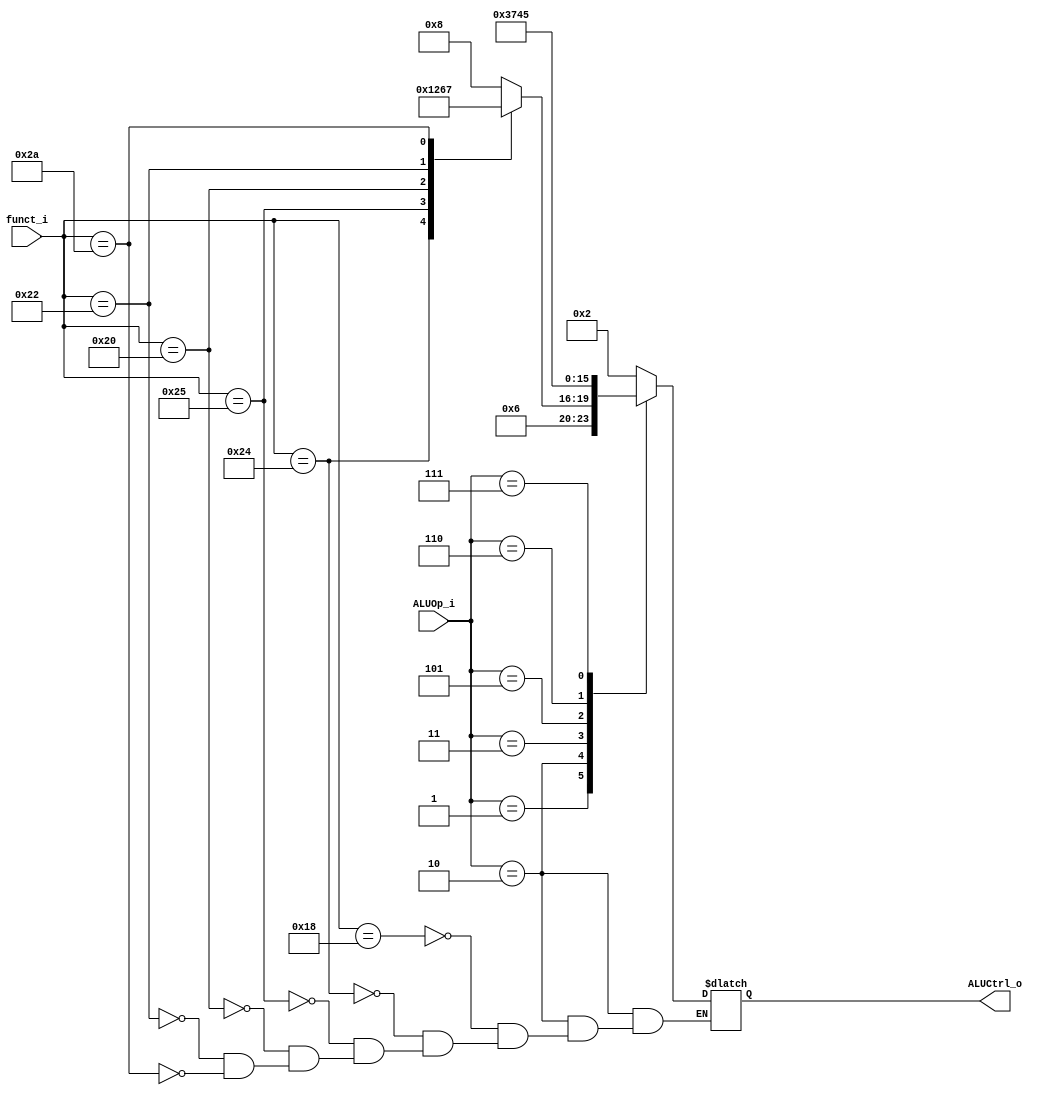
//Subject:     CO example - ALU Controller
//--------------------------------------------------------------------------------
//Version:     1
//--------------------------------------------------------------------------------
//Writer:      
//----------------------------------------------
//Date:        
//----------------------------------------------
//Description: 
//--------------------------------------------------------------------------------

module ALU_Control(
    funct_i,
    ALUOp_i,
    ALUCtrl_o
    );

//I/O ports 
input   [6-1:0] funct_i;
input   [3-1:0] ALUOp_i;

output  [4-1:0] ALUCtrl_o;    
     
//Internal Signals
reg     [4-1:0] ALUCtrl_o;

//Parameter

       
//Select exact operation
always@(funct_i or ALUOp_i) 
begin
    case(ALUOp_i)
        0: ALUCtrl_o = 4'b0010; // lw / sw
        1: ALUCtrl_o = 4'b0110; // beq
        2: // R-type
        begin
            case(funct_i)
                24: ALUCtrl_o = 4'b1000; // mult
                36: ALUCtrl_o = 4'b0000; // and   0000
                37: ALUCtrl_o = 4'b0001; // or    0001
                32: ALUCtrl_o = 4'b0010; // add   0010
                34: ALUCtrl_o = 4'b0110; // sub   0110
                42: ALUCtrl_o = 4'b0111; // slt   0111
				default: ALUCtrl_o = ALUCtrl_o;
            endcase
        end
        3: ALUCtrl_o = 4'b0011;         // bneq
        4: ALUCtrl_o = 4'b0010;         // addi  0010		
		5: ALUCtrl_o = 4'b0111;         // slti  0111
        6: ALUCtrl_o = 4'b0100;         // bgeq  0100
        7: ALUCtrl_o = 4'b0101;         // bgt
        default: ALUCtrl_o = 4'b0000;   // nop
    endcase
end

endmodule